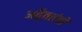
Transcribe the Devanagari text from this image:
अद्वैततंत्रों